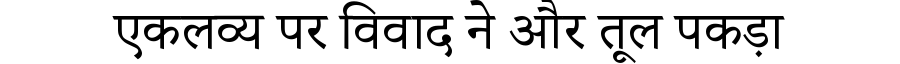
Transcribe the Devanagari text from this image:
एकलव्य पर विवाद ने और तूल पकड़ा